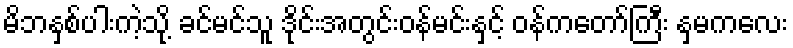
မိဘနှစ်ပါးကဲ့သို့ ခင်မင်သူ ဒိုင်းအတွင်းဝန်မင်းနှင့် ဝန်ကတော်ကြီး နှမကလေး